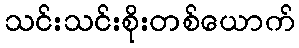
သင်းသင်းစိုးတစ်ယောက်